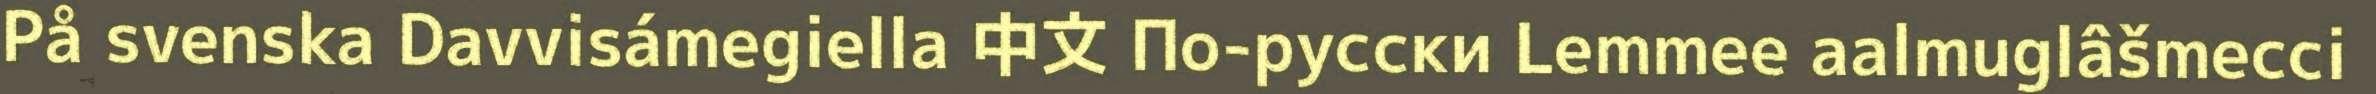
På svenska Davvisámegiella 中文 По-русски Lemmee aalmuglâšmecci